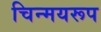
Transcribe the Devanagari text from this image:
चिन्मयरूप